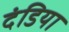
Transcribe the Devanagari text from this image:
दंडिया